Report of the Indian Hemp Drugs Commission, 1894-1895 - Volume II
Year: 1894
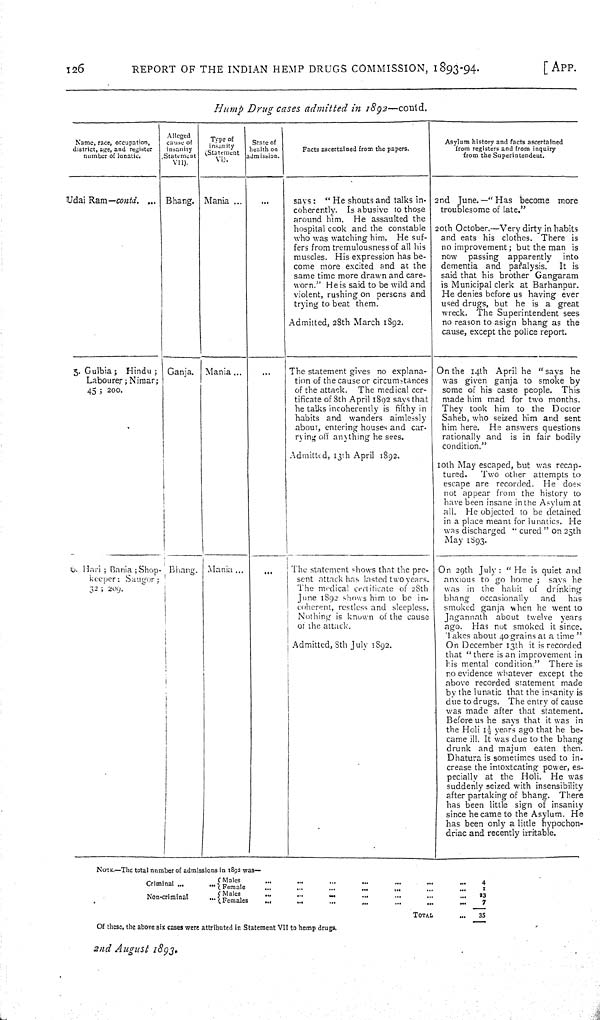
126
REPORT OF THE INDIAN HEMP DRUGS COMMISSION, 1893-94.
[APP.
Hump
Drug
cases
admitted
in
1892—contd.
Name, race, occupation,
district, age, and register
number of lunatic.
Alleged
cause of
insanity
Statement
VII).
Type of
insanity
(Statement
VI).
State of
health on
admission.
Facts ascertained from the papers.
Asylum history and facts ascertained
from registers and from inquiry
from the Superintendent.
Udai
Ram—contd.
Bhang.
Mania
says:
"He shouts and talks in-
coherently.
Is abusive to those
around him.
He assaulted the
hospital cook and the constable
who was watching him.
He suf-
fers from tremulousness of all his
muscles. His expression has be-
come more excited and at the
same time more drawn and care-
worn." He is said to be wild and
violent, rushing on persons and
trying to beat them.
Admitted, 28th March 1892.
2nd June.—"Has become
more
troublesome of late."
20th October.—Very dirty in habits
and eats his clothes. There is
no improvement; but the man is
now
passing apparently
into
dementia and paralysis.
It is
said that his brother Gangaram
is Municipal clerk at Barhanpur.
He denies before us having ever
used drugs, but he is a
great
wreck.
The Superintendent sees
no reason to asign bhang as the
cause, except the police report.
3. Gulbia;
Hindu;
Labourer; Nimar;
45;
200.
Ganja.
Mania
The statement gives no explana-
tion of the cause or circumstances
of the attack.
The medical cer-
tificate of 8th April 1892 says that
he talks incoherently is filthy in
habits and wanders
aimlessly
about, entering houses and car-
rying off anything he sees.
Admitted, 13th April 1892.
On the 14th April he "says
he
was given ganja to smoke by
some of his caste people.
This
made him mad for two months.
They took him to the
Doctor
Saheb, who seized him and sent
him here.
He answers questions
rationally and
is in fair bodily
condition."
10th May escaped, but was recap-
tured.
Two other attempts to
escape are recorded.
He
does
not appear from the history to
have been insane in the Asylum at
all.
He objected to be detained
in a place meant for lunatics. He
was discharged "cured" on 25th
May 1893.
6. Hari; Bania; Shop-
keeper;
Saugor;
32; 209.
Bhang.
Mania
The statement shows that the pre-
sent attack has lasted two years.
The medical certificate of 28th
June 1892 shows him to be in-
coherent, restless and sleepless.
Nothing is known of the cause
of the attack.
Admitted, 8th July 1892.
On 29th July: "He is quiet and
anxious to go home;
says he
was in the habit of
drinking
bhang
occasionally
and
has
smoked ganja when he went to
Jagannath
about twelve
years
ago.
Has not smoked it since.
Takes about 40 grains at a time"
On December 13th it is recorded
that "there is an improvement in
his mental condition."
There is
no evidence whatever except the
above recorded statement made
by the lunatic that the insanity is
due to drugs. The entry of cause
was made after that statement.
Before us he says that it was in
the Holi 1½ years ago that he be-
came ill. It was due to the bhang
drunk and majum eaten then.
Dhatura is sometimes used to in-
crease the intoxtcating power, es-
pecially at the Holi.
He was
suddenly seized with insensibility
after partaking of bhang.
There
has been little sign of insanity
since he came to the Asylum. He
has been only a little hypochon-
driac and recently irritable.
NOTE.—The total number of admissions in 1892 was—
Criminal
Males
4
Criminal
Female
1
Non-criminal
Males
23
Non-criminal
Females
7
TOTAL
35
Of these, the above six cases were attributed in Statement VII to hemp drugs.
2nd
August
1893.